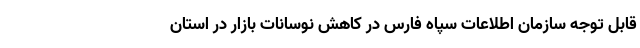
قابل توجه سازمان اطلاعات سپاه فارس در کاهش نوسانات بازار در استان